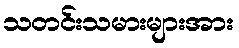
သတင်းသမားများအား